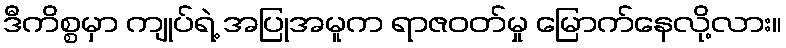
ဒီကိစ္စမှာ ကျုပ်ရဲ့ အပြုအမူက ရာဇဝတ်မှု မြောက်နေလို့လား။